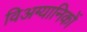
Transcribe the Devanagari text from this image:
विअग्यानिकों